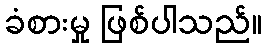
ခံစားမှု ဖြစ်ပါသည်။